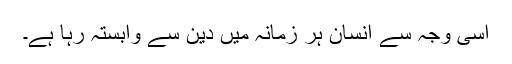
اسی وجہ سے انسان ہر زمانہ میں دین سے وابستہ رہا ہے۔